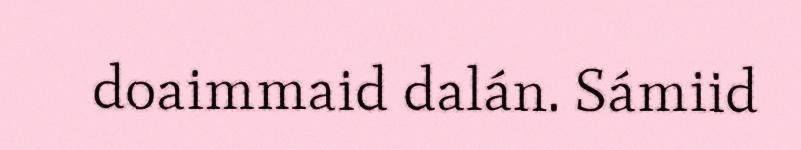
doaimmaid dalán. Sámiid